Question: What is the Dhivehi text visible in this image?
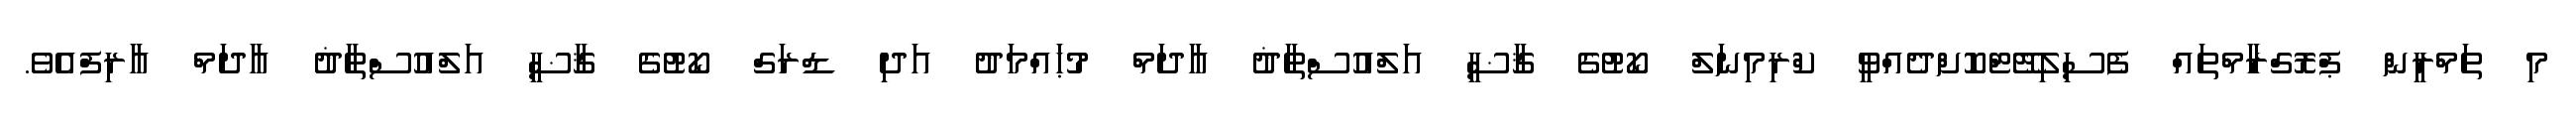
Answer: މި ތަމްރީން ޕްރޮގްރާމްތައް ފެސިލިޓޭޓްކޮށްދެއްވީ ކްރިމިނަލް ކޯޓުގެ ޤާޟީ އަލްއުސްތާޛު އާދަމް މުޙައްމަދު އަދި ޑްރަގް ކޯޓުގެ ޤާޟީ އަލްއުސްތާޛު އާދަމް އާރިފްއެވެ.